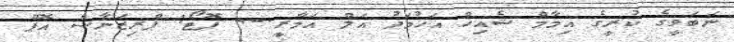
ނަބަވީގެ ކުރީގެ އިމާމް ޝެއިހް އަހުމަދު އަލް އަމާރީ.-- ފޮޓޯ: ޕްރިޒަނާސް އޮފް